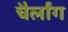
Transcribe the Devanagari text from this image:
चैर्लांग